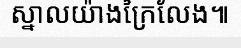
ស្នាលយ៉ាងក្រៃលែង៕